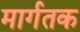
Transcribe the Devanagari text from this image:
मार्गतक